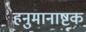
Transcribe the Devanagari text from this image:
हनुमानाष्टक